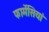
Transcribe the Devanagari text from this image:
फार्मेसियां